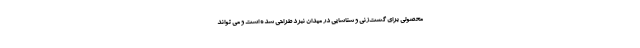
محصولی برای گشت‌زنی و شناسایی در میدان نبرد طراحی شده است و می تواند